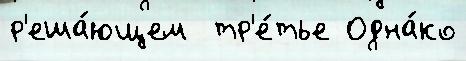
р'еша́ющем  тр'е́тье Одна́ко